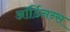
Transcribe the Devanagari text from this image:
ऑर्डिनन्स